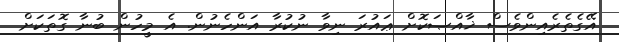
އޭގެތެރެއިންވެސް ޚާއްޞަކޮށް ޢައުރަ ނިވާ ނުކުރާ އަންހެނުން. އެ މީހުން ބުނާ ގޮތަކަށް